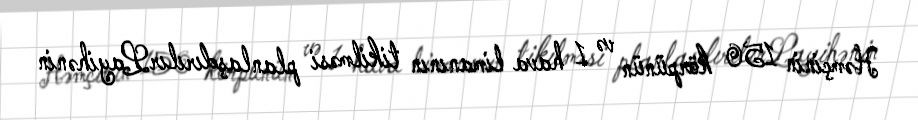
Həmçinin 150 körpünün və 1 hava limanının tikilməsi planlaşdırılırLayihənin